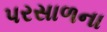
પરસાળના